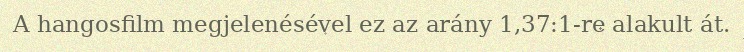
A hangosfilm megjelenésével ez az arány 1,37:1-re alakult át.